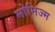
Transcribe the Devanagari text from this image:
मोनिज्म